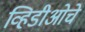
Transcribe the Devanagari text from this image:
व्हिडीओचे